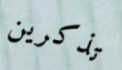
تذكرين